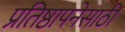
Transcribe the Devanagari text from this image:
प्रतिष्ठापनेसाठी